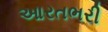
આરતભરી